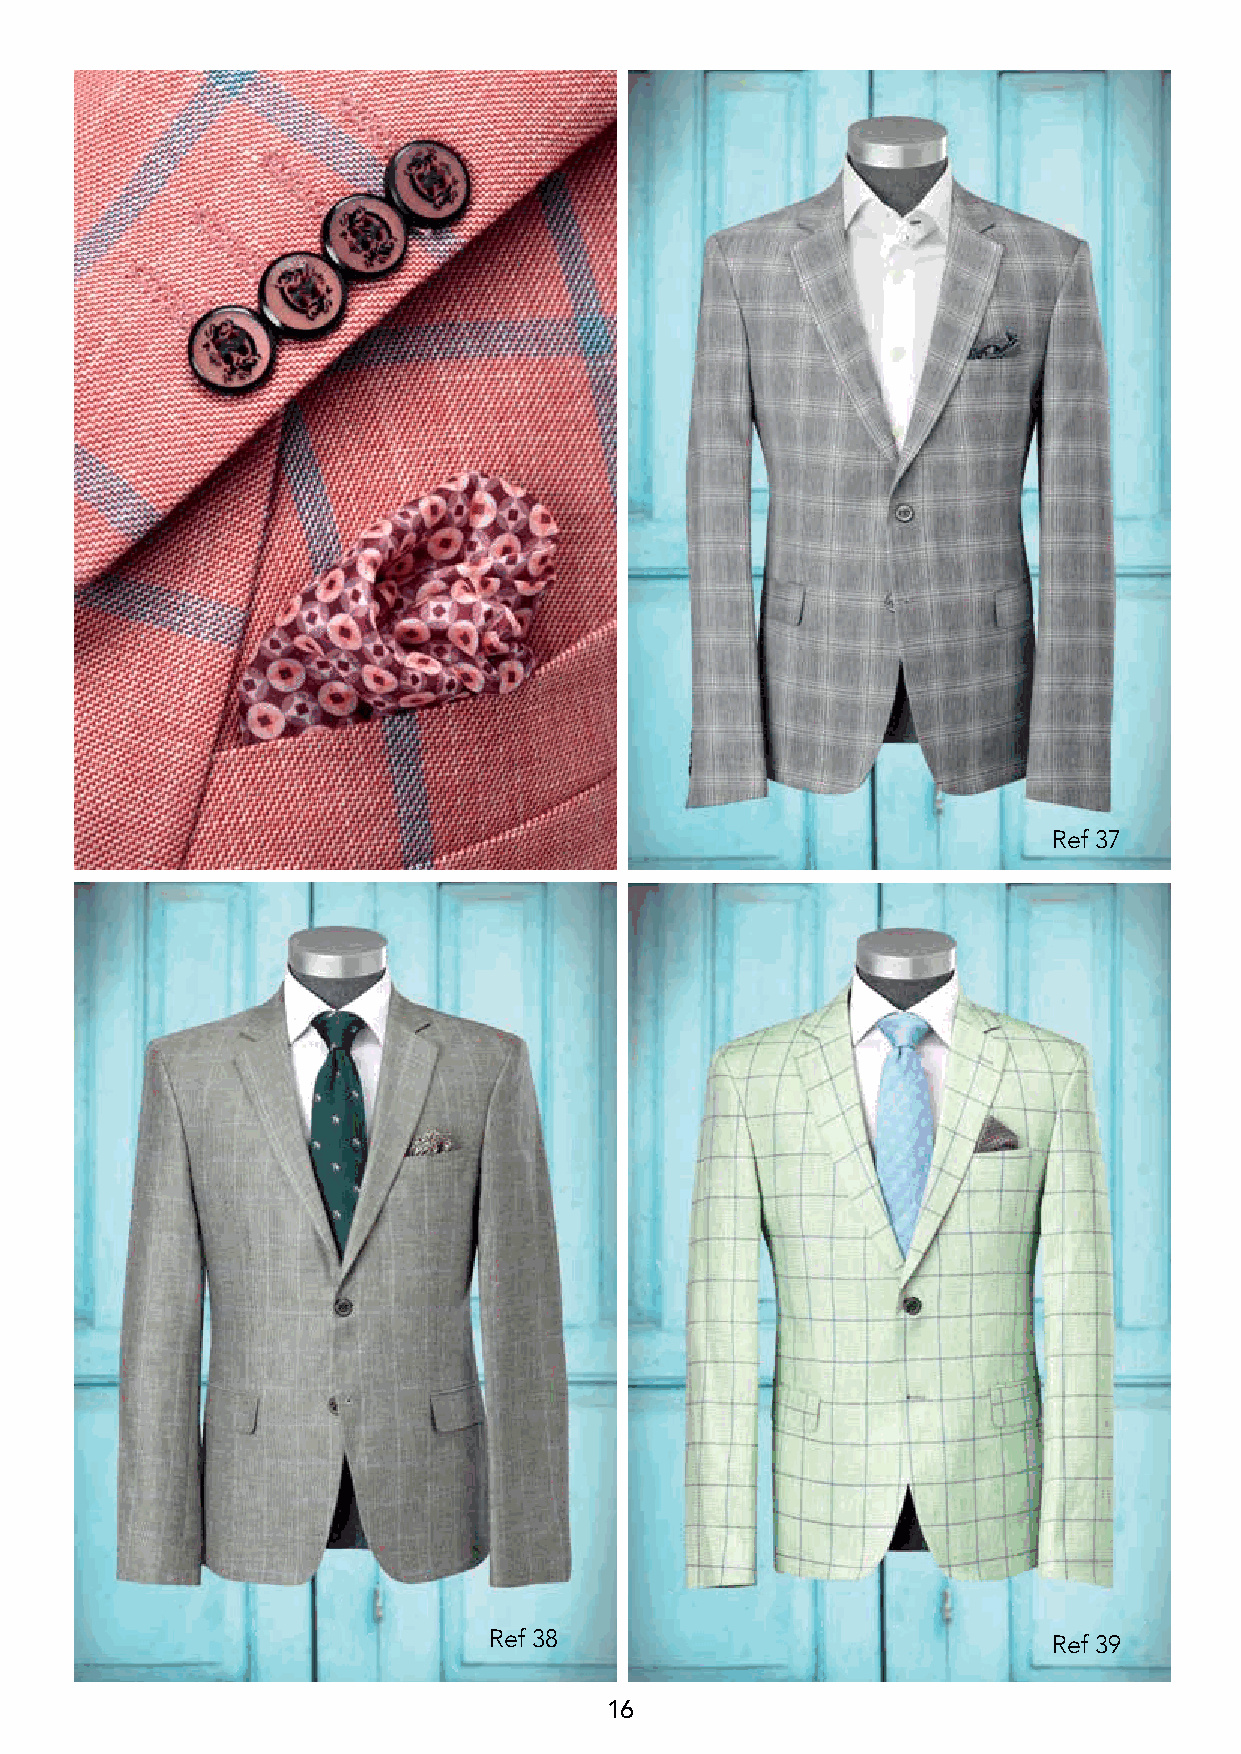
Ref 37
 Ref 38                                Ref 39
 16